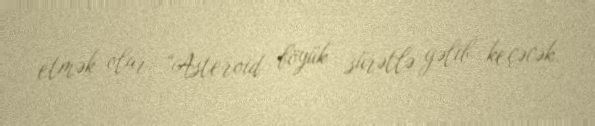
etmək olar: “Asteroid böyük sürətlə gəlib keçəcək.